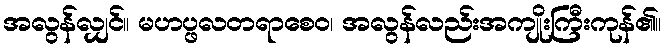
အလွန်လျှင်။ မဟပ္ဖလတရာစေဝ၊ အလွန်လည်းအကျိုးကြီးကုန်၏။